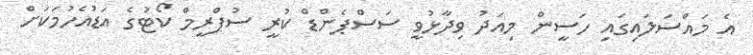
އެ މައްސަލައިގައި ހަސީން މިއަދު ވިދާޅުވީ ސަސްޕެންޑް ކުރީ ސުޕްރީމް ކޯޓުގެ އަޑުއެހުމަކަށް